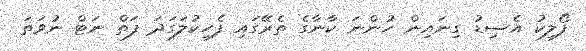
ފޯލިކު އެސިޑު ގިނައިން ހުންނަ ކާނާގެ ތެރޭގައި ފެހިކުލަގަދަ ފަތް ނަޓް ނުވަތަ